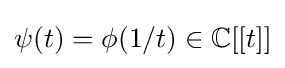
\psi (t)=\phi (1/t)\in \mathbb {C} [[t]]